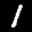
Label: 1